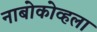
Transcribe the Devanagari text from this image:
नाबोकोव्हला